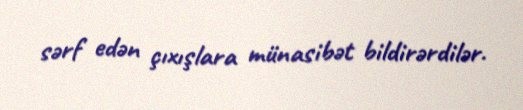
sərf edən çıxışlara münasibət bildirərdilər.